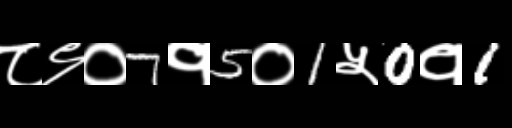
Text: ८९०7१5०1५0१1